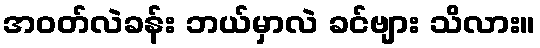
အဝတ်လဲခန်း ဘယ်မှာလဲ ခင်ဗျား သိလား။